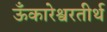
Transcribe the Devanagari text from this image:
ऊँकारेश्वरतीर्थ